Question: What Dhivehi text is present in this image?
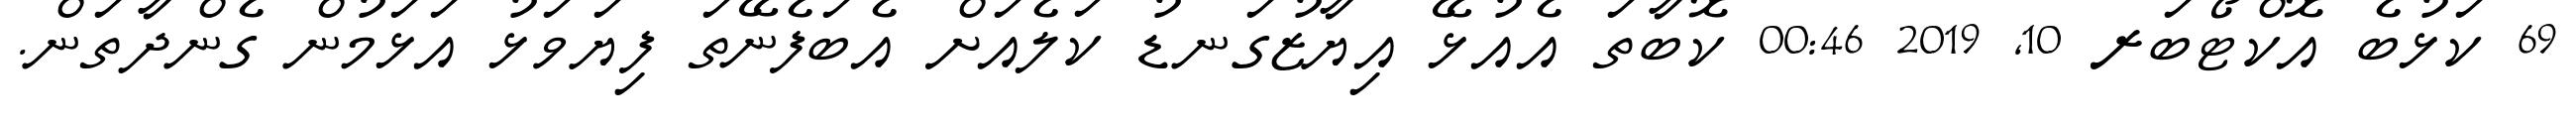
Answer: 69 ކަޅުބެ އޮކްޓޯބަރ 10, 2019 00:46 ކޮބާތަ އެއުޅޭ އިޔާޒުގަނޑު ކަލެއަށް އެބަފެނޭތަ ފިޔަވަޅު އަޅަމުން ގެންދާތަން.